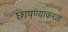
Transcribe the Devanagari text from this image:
छापण्याकरता